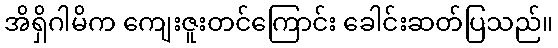
အိရှိဂါမိက ကျေးဇူးတင်ကြောင်း ခေါင်းဆတ်ပြသည်။